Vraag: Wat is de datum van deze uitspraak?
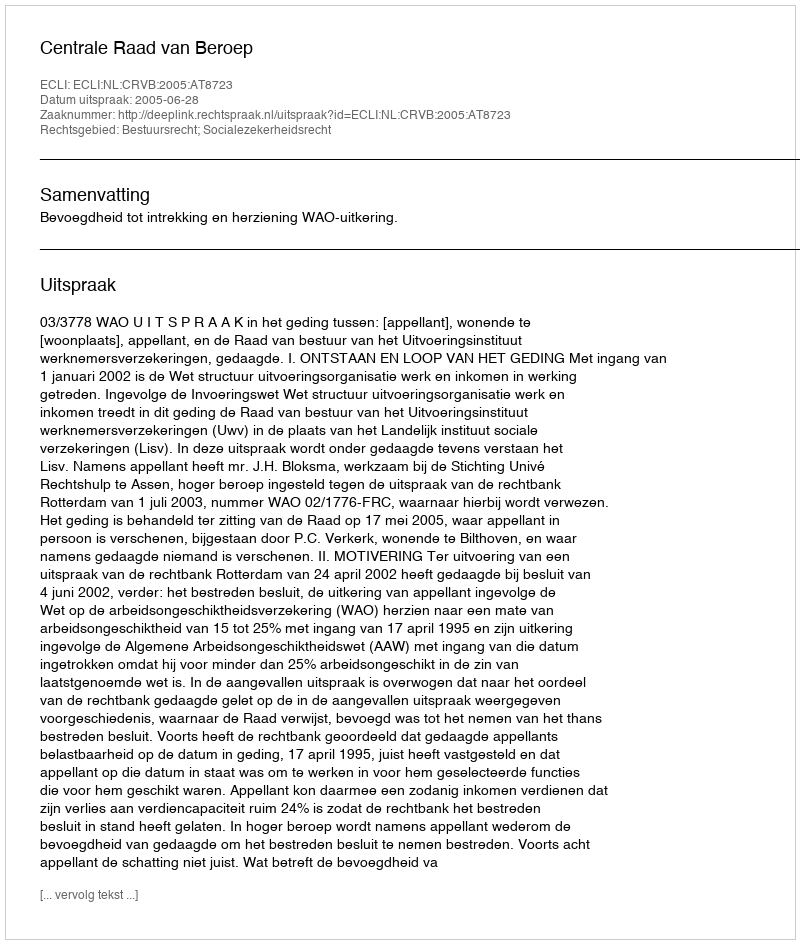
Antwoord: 2005-06-28